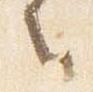
言